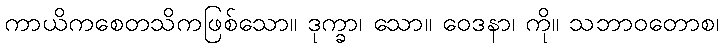
ကာယိကစေတသိကဖြစ်သော။ ဒုက္ခာ၊ သော။ ဝေဒနာ၊ ကို။ သဘာဝတောစ၊